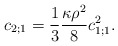
\begin{align*}c_{2;1}=\frac{1}{3}\frac{\kappa\rho^2}{8}c_{1;1}^2.\end{align*}